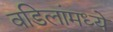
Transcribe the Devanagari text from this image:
वडिलांमध्ये